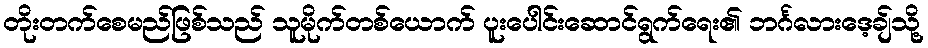
တိုးတက်စေမည်ဖြစ်သည် သူမိုက်တစ်ယောက် ပူးပေါင်းဆောင်ရွက်ရေး၏ ဘင်္ဂလားဒေ့ချ်သို့